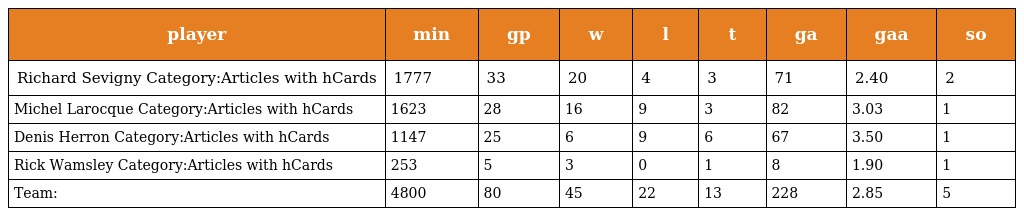
| player | min | gp | w | l | t | ga | gaa | so |
 | --- | --- | --- | --- | --- | --- | --- | --- | --- |
 | Richard Sevigny Category:Articles with hCards | 1777 | 33 | 20 | 4 | 3 | 71 | 2.40 | 2 |
 | Michel Larocque Category:Articles with hCards | 1623 | 28 | 16 | 9 | 3 | 82 | 3.03 | 1 |
 | Denis Herron Category:Articles with hCards | 1147 | 25 | 6 | 9 | 6 | 67 | 3.50 | 1 |
 | Rick Wamsley Category:Articles with hCards | 253 | 5 | 3 | 0 | 1 | 8 | 1.90 | 1 |
 | Team: | 4800 | 80 | 45 | 22 | 13 | 228 | 2.85 | 5 |